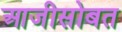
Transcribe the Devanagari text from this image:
आजीसोबत